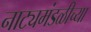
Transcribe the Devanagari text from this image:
नाट्यमंडळीच्या